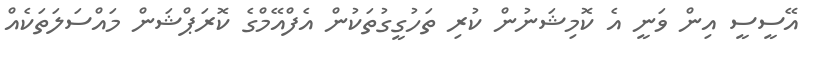
އޭސީސީ އިން ވަނީ އެ ކޮމިޝަނުން ކުރި ތަހުގީގުތަކުން އެފްއޭމްގެ ކޮރަޕްޝަން މައްސަލަތަކެއް